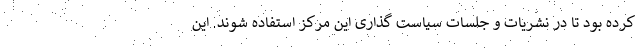
کرده بود تا در نشریات و جلسات سیاست گذاری این مرکز استفاده شوند. این